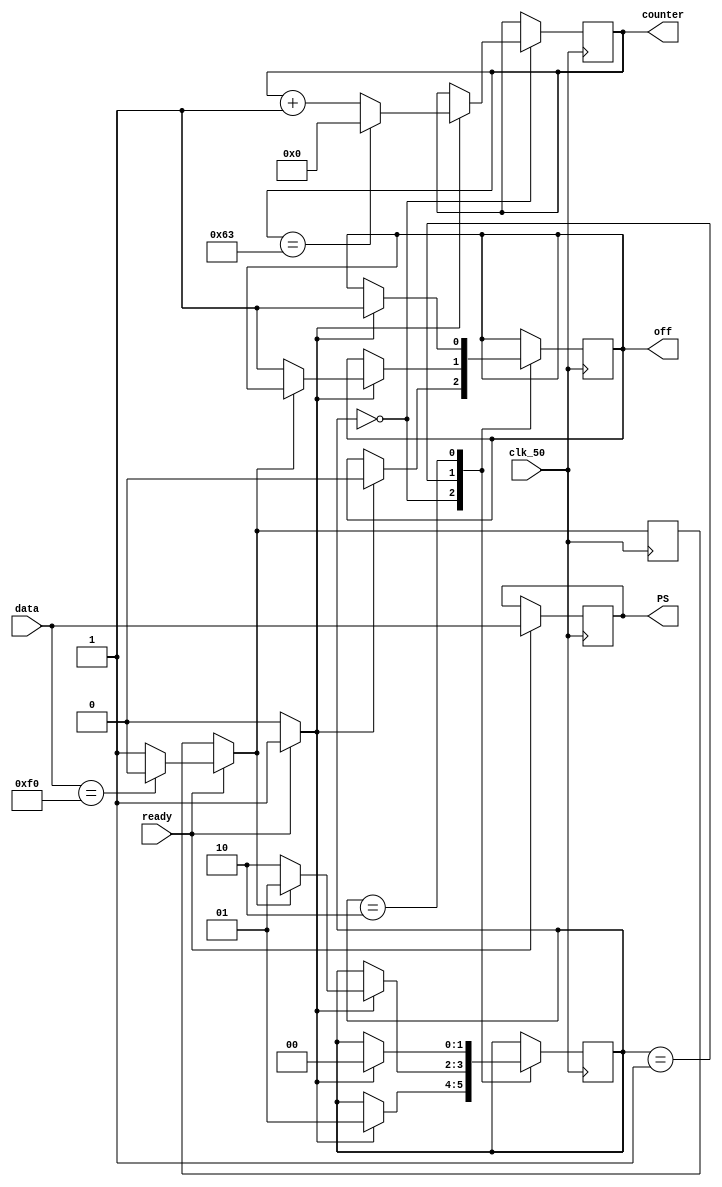
module higher(clk_50,ready,data,PS,counter,off);//1s
input ready,clk_50;
input [7:0] data;
output reg [7:0] PS;
output reg [9:0]counter;
reg not_f0;//
reg next;
output reg off;//
reg [1:0] state;
parameter Start = 0, A = 1, B = 2;

initial
begin
counter = 0;state = 0;off = 1;
end
always @(posedge clk_50)
	begin
		if(ready)
		begin
		PS = data;
		next = 1;
		if(PS == 8'b11110000) not_f0 = 0;
		else not_f0 = 1;
		end
		else next = 0;
		//next0counter,off0	
	
	case(state)//
		Start:
		begin
			if(next) begin
			state = A;
			off = 0;
			if(counter == 99) counter = 0;
			else counter = counter + 1;
			end
			else counter = counter;
		end
		A:
		begin
		if(next)
		begin
			if(not_f0) state = A;
			else begin state = B; off = 1; end
		end
		else counter = counter;
		end
		B:
		begin
		if(next)
		begin
			state = Start; off = 1;
		end
		else counter = counter;
		end
		endcase
	end
endmodule